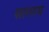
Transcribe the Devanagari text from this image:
सागरम